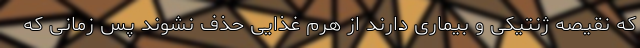
که نقیصه ژنتیکی و بیماری دارند از هرم غذایی حذف نشوند پس زمانی که